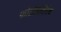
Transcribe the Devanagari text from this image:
फोटोप्रतिरोध